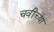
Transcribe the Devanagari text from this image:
चवींच्या